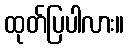
ထုတ်ပြပါလား။